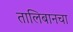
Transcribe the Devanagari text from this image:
तालिबानचा